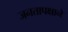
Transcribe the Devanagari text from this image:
जनतापक्षाने